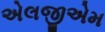
એલજીએમ